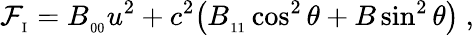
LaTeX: {\cal\mathcal{F}}_{_\mathrm{{I}}}=B_{_{00}}u^{2}+c^{2}\big(B_{_{11}}\cos^{2}\theta+B\sin^{2}\theta\big)\ ,